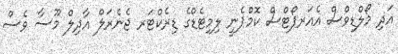
އަދި މޯލްޑިވްސް އެއަރޕޯޓްސް ކޮމްޕެނީ ލިމިޓެޑްގެ ޑިރެކްޓަރ ޖެނެރަލް އާދިލް މޫސާ ވެސް